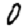
Digit: 0